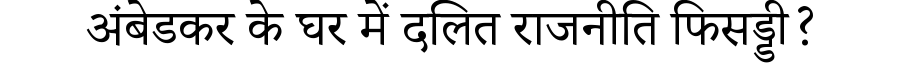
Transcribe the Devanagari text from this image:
अंबेडकर के घर में दलित राजनीति फिसड्डी?